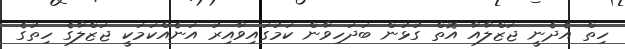
ހިތް އެދެނީ ޖަޒްލާއާ އޮތް ގުޅުން ބަދަހިވާން ކަމުގައިވާއިރު އަނެއްކަމަކީ ޖަޒްލާގެ ހިތުގެ